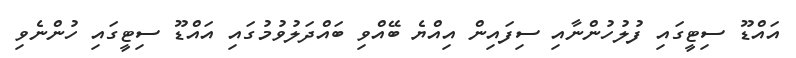
އައްޑޫ ސިޓީގައި ފުލުހުންނާއި ސިފައިން އިއްޔެ ބޭއްވި ބައްދަލުވުމުގައި އައްޑޫ ސިޓީގައި ހުންނެވި